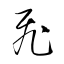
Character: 飛